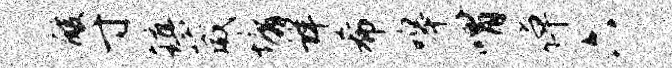
酸寸镇葳墉详希嗥喟倬六